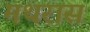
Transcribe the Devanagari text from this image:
मथरास